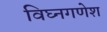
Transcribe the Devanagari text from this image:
विघ्नगणेश